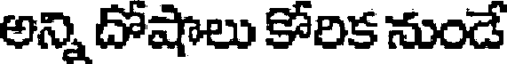
అన్ని దోషాలు కోరిక నుండే